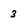
Character: 3